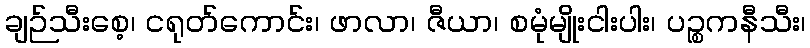
ချဉ်သီးစေ့၊ ငရုတ်ကောင်း၊ ဖာလာ၊ ဇီယာ၊ စမုံမျိုးငါးပါး၊ ပဉ္စကနီသီး၊